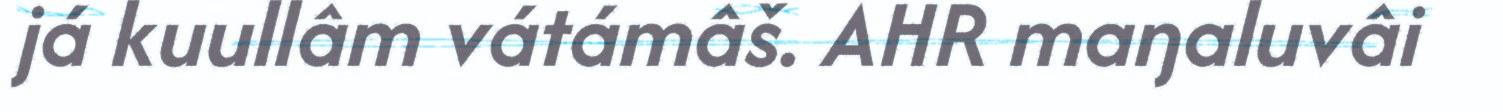
já kuullâm vátámâš. AHR maŋaluvâi